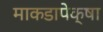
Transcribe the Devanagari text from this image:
माकडापेक्षा